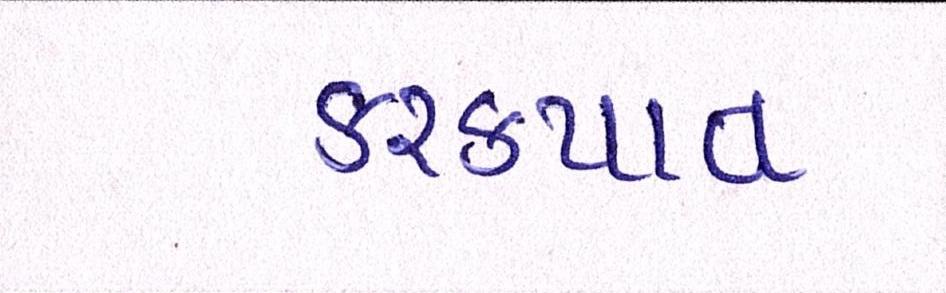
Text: કરકપાત